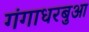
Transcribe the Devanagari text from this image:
गंगाधरबुआ